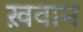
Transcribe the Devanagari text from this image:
ख़वान